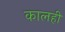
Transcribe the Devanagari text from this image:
कालही